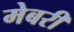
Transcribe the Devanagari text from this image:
मेबरी